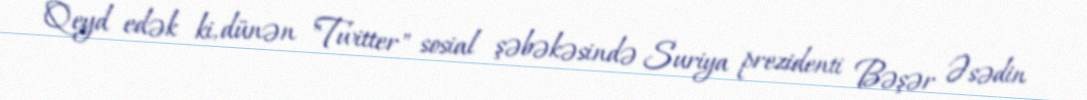
Qeyd edək ki, dünən "Twitter" sosial şəbəkəsində Suriya prezidenti Bəşər Əsədin